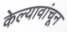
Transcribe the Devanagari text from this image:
केल्यावांचून